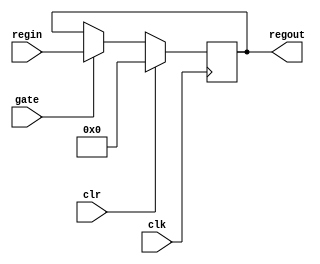
module reg16c (regin, regout, clk, gate, clr);
input gate;
input clr;
input clk;
input [15:0] regin;
output [15:0] regout;
reg [15:0] regout;

always @(posedge clk)
   if (clr) regout = #1 16'b0;
   else if (gate) regout = #1 regin;
endmodule